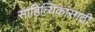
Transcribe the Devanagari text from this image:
साहित्यिकांसाठी